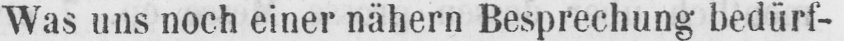
Was uns noch einer nähern Besprechung bedürf-